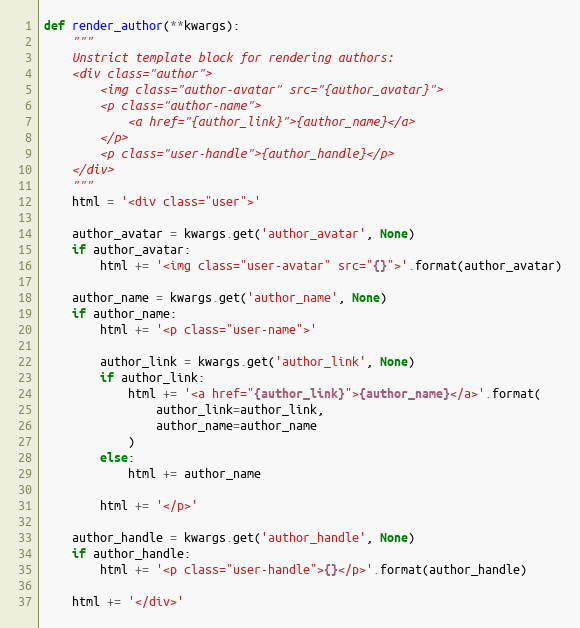
Language: Python
def render_author(**kwargs):
    """
    Unstrict template block for rendering authors:
    <div class="author">
        <img class="author-avatar" src="{author_avatar}">
        <p class="author-name">
            <a href="{author_link}">{author_name}</a>
        </p>
        <p class="user-handle">{author_handle}</p>
    </div>
    """
    html = '<div class="user">'

    author_avatar = kwargs.get('author_avatar', None)
    if author_avatar:
        html += '<img class="user-avatar" src="{}">'.format(author_avatar)

    author_name = kwargs.get('author_name', None)
    if author_name:
        html += '<p class="user-name">'

        author_link = kwargs.get('author_link', None)
        if author_link:
            html += '<a href="{author_link}">{author_name}</a>'.format(
                author_link=author_link,
                author_name=author_name
            )
        else:
            html += author_name

        html += '</p>'

    author_handle = kwargs.get('author_handle', None)
    if author_handle:
        html += '<p class="user-handle">{}</p>'.format(author_handle)

    html += '</div>'